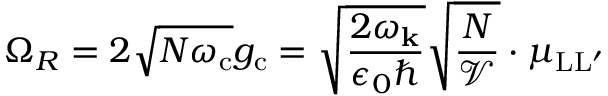
\Omega _ { R } = 2 \sqrt { N \omega _ { \mathrm { c } } } g _ { \mathrm { c } } = \sqrt { \frac { 2 \omega _ { \bf k } } { \epsilon _ { 0 } \hbar } } \sqrt { \frac { N } { \mathcal V } } \cdot { \mu _ { \mathrm { L L ^ { \prime } } } }